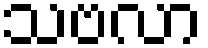
သဗလာ